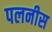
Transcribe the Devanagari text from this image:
पलनीस